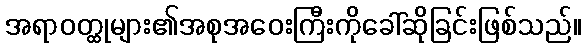
အရာဝတ္ထုများ၏အစုအဝေးကြီးကိုခေါ်ဆိုခြင်းဖြစ်သည်။